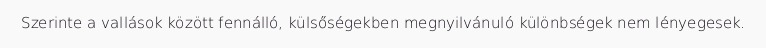
Szerinte a vallások között fennálló, külsőségekben megnyilvánuló különbségek nem lényegesek.